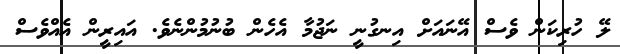
ލޭ ހުރިކަން ވެސް އޭނައަށް އިނގުނީ ނަޖުމާ އެހެން ބުނުމުންނެވެ. އައިރީން އެއްވެސް